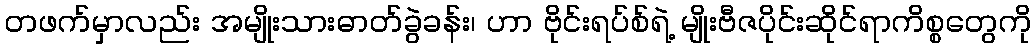
တဖက်မှာလည်း အမျိုးသားဓာတ်ခွဲခန်း၊ ဟာ ဗိုင်းရပ်စ်ရဲ့ မျိုးဗီဇပိုင်းဆိုင်ရာကိစ္စတွေကို